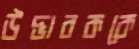
উদ্ভাবককে